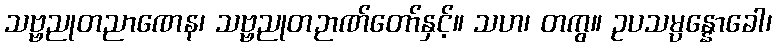
သဗ္ဗညုတညာဏေန၊ သဗ္ဗညုတဉာဏ်တော်နှင့်။ သဟ၊ တကွ။ ဥပသမ္ပန္နောခေါ၊